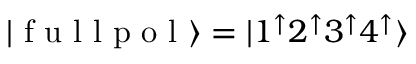
| \mathrm { ~ f ~ u ~ l ~ l ~ p ~ o ~ l ~ } \rangle = | 1 ^ { \mathord { \uparrow } } 2 ^ { \mathord { \uparrow } } 3 ^ { \mathord { \uparrow } } 4 ^ { \mathord { \uparrow } } \rangle